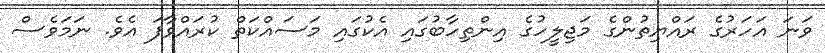
ވަނަ އަހަރުގެ ރައްޔިތުންގެ މަޖިލީހުގެ އިންތިހާބުގައި އެކުގައި މަސައްކަތް ކުރައްވާފަ އެވެ. ނަމަވެސް